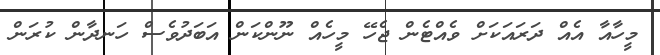
މީހާއާ އެއް ދަރައަކަށް ވެއްޓެން ޖެހޭ މީހެއް ނޫންކަން އަބަދުވެސް ހަނދާން ކުރަން